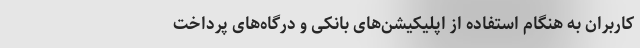
کاربران به هنگام استفاده از اپلیکیشن‌های بانکی و درگاه‌های پرداخت